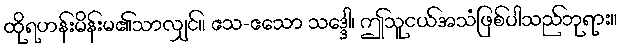
ထိုရဟန်းမိန်းမ၏သာလျှင်။ ဧသ-ဧသော သဒ္ဒေါ၊ ဤသူငယ်အသံဖြစ်ပါသည်ဘုရား။